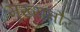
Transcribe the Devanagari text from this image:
मुख्‍यतौर